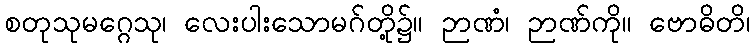
စတုသုမဂ္ဂေသု၊ လေးပါးသောမဂ်တို့၌။ ဉာဏံ၊ ဉာဏ်ကို။ ဗောဓိတိ၊